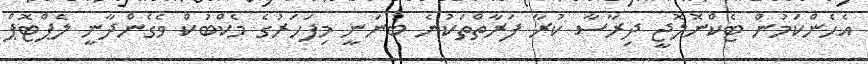
އެހެންކަމުން ޓެކްނޮލޮޖީ ދިރާސާ ކުރާ ފަރާތްތަކުނެ ބުނަނީ މިފަހަރުގެ މެކްބުކް ވެގެންދާނީ ލެޕްޓޮޕް